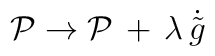
{\cal P} \rightarrow {\cal P}\,+\,\lambda\,\dot{\tilde{g}}